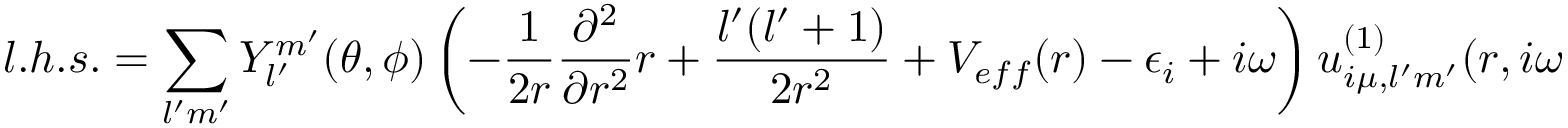
l . h . s . = \sum _ { l ^ { \prime } m ^ { \prime } } Y _ { l ^ { \prime } } ^ { m ^ { \prime } } ( \theta , \phi ) \left( - \frac { 1 } { 2 r } \frac { \partial ^ { 2 } } { \partial r ^ { 2 } } r + \frac { l ^ { \prime } ( l ^ { \prime } + 1 ) } { 2 r ^ { 2 } } + V _ { e f f } ( r ) - \epsilon _ { i } + i \omega \right) u _ { i \mu , l ^ { \prime } m ^ { \prime } } ^ { ( 1 ) } ( r , i \omega ) \, .